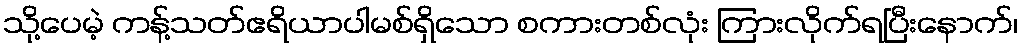
သို့ပေမဲ့ ကန့်သတ်ဧရိယာပါမစ်ရှိသော စကားတစ်လုံး ကြားလိုက်ရပြီးနောက်၊